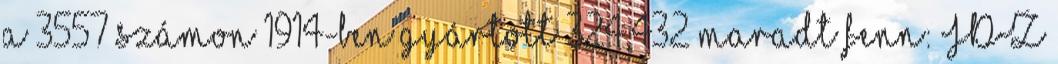
a 3557 számon 1914-ben gyártott 324,432 maradt fenn: JDŽ